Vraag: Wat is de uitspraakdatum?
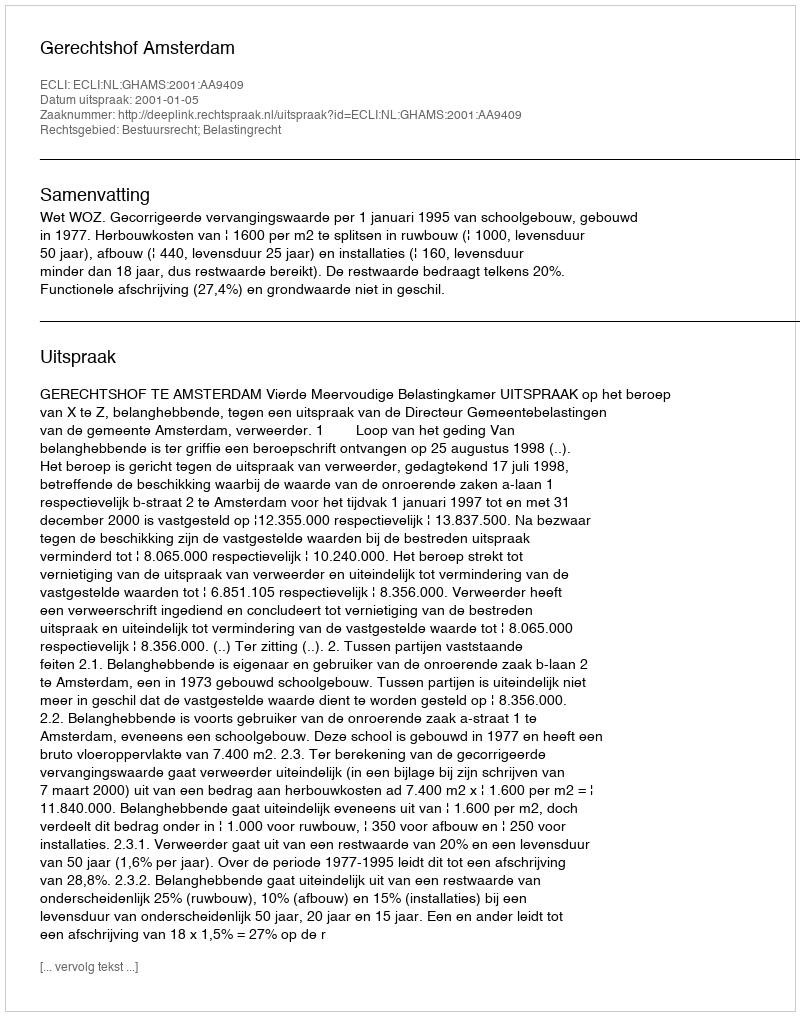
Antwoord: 2001-01-05